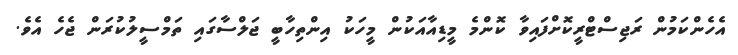
އެހެންކަމުން ރަޖިސްޓްރީކޮށްފައިވާ ކޮންމެ މީޑިއާއަކުން މީހަކު އިންތިހާބީ ޖަލްސާގައި ތަމްސީލުކުރަން ޖެހެ އެވެ.